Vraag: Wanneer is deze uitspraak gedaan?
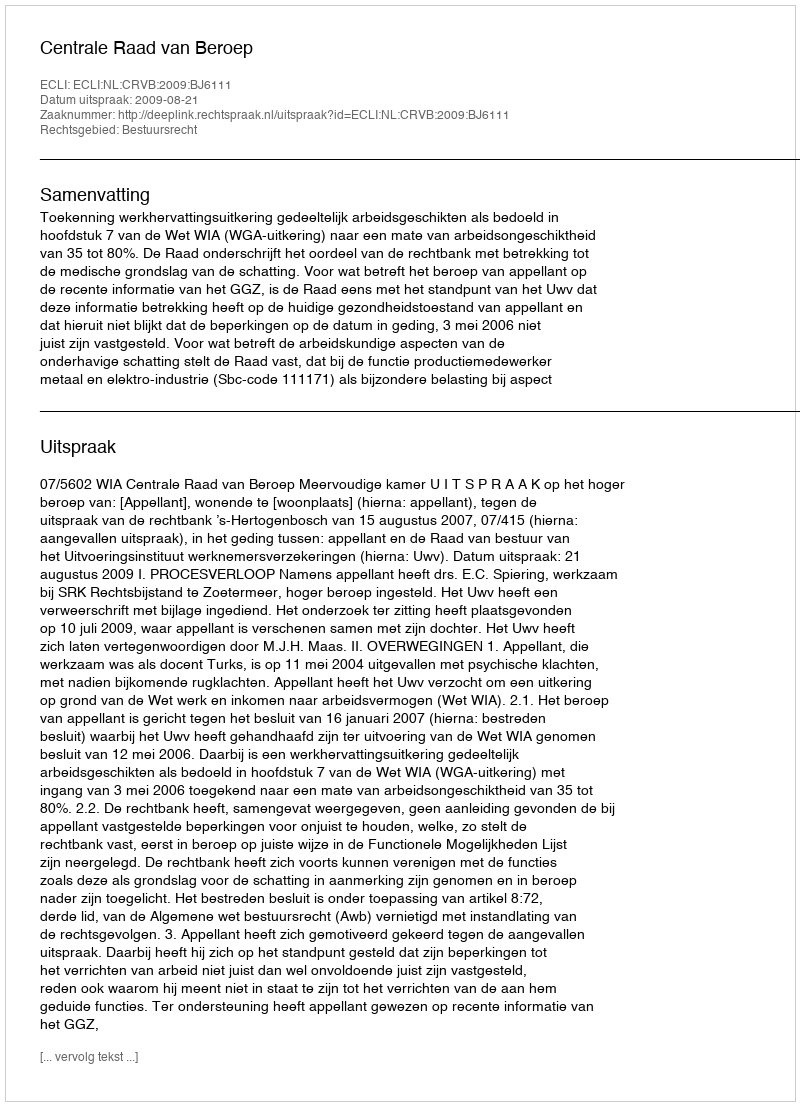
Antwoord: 2009-08-21